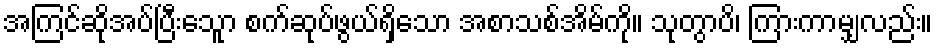
အကြင်ဆိုအပ်ပြီးသေူာ စက်ဆုပ်ဖွယ်ရှိသော အစာသစ်အိမ်ကို။ သုတွာပိ၊ ကြားကာမျှလည်း။